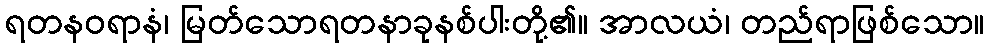
ရတနဝရာနံ၊ မြတ်သောရတနာခုနစ်ပါးတို့၏။ အာလယံ၊ တည်ရာဖြစ်သော။